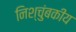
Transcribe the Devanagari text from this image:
निश्चुंबकीय